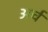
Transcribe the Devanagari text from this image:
अर्च